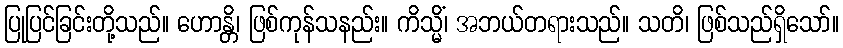
ပြုပြင်ခြင်းတို့သည်။ ဟောန္တိ၊ ဖြစ်ကုန်သနည်း။ ကိသ္မိံ၊ အဘယ်တရားသည်။ သတိ၊ ဖြစ်သည်ရှိသော်။